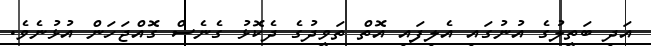
އަދި ބަތީލުގެ އުނުގައި އެލިފައި އޮތް ތަވީދުގެ ދެކޮޅު ގެނެސް ގޮއްޖަހަން އުޅުނެވެ.